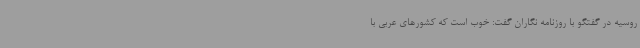
روسیه در گفتگو با روزنامه نگاران گفت: خوب است که کشورهای عربی با